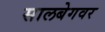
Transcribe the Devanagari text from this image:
सालबेगवर